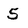
Character: 5